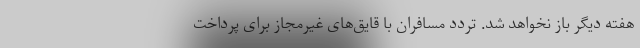
هفته دیگر باز نخواهد شد. تردد مسافران با قایق‌های غیرمجاز برای پرداخت